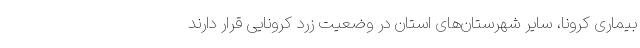
بیماری کرونا، سایر شهرستان‌های استان در وضعیت زرد کرونایی قرار دارند